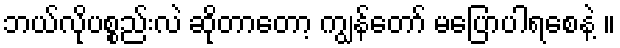
ဘယ်လိုပစ္စည်းလဲ ဆိုတာတော့ ကျွန်တော် မပြောပါရစေနဲ့ ။